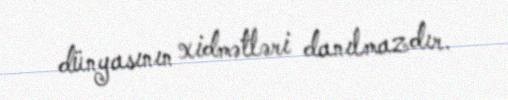
dünyasının xidmətləri danılmazdır.